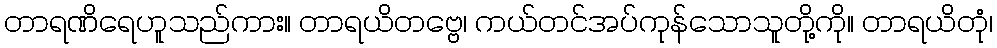
တာရဏိရေဟူသည်ကား။ တာရယိတဗ္ဗေ၊ ကယ်တင်အပ်ကုန်သောသူတို့ကို။ တာရယိတုံ၊